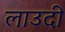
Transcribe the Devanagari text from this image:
लाउदी